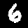
Digit: 6